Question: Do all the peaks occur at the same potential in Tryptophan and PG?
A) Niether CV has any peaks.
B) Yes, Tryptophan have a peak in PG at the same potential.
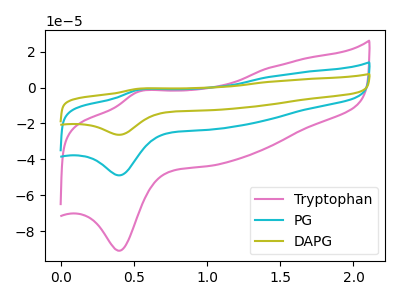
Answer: <think>The pink curve "Tryptophan" has an anodic peak at (0.55V, -2.35uA) and a cathodic peak at (0.40V, -90.90uA). The cyan curve "PG" has an anodic peak at (0.55V, -1.25uA) and a cathodic peak at (0.40V, -48.90uA). The olive curve "DAPG" has an anodic peak at (0.55V, -2.50uA) and a cathodic peak at (0.40V, -97.85uA).</think>
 <answer>B) Yes, "Tryptophan" have a peak in "PG" at the same potential.</answer>
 <eval>B</eval>